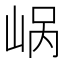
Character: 𪨹